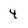
Character: 4